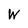
Character: W